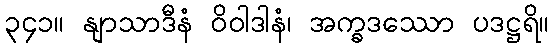
၃၄၁။ နျာသာဒီနံ ဝိဝါဒါနံ၊ အက္ခဒဿော ပဒဋ္ဌရိ။